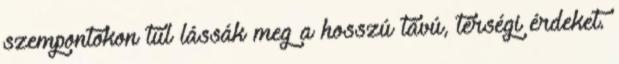
szempontokon túl lássák meg a hosszú távú, térségi érdeket.